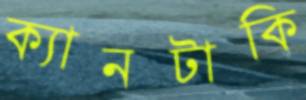
ক্যানটাকি